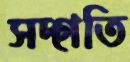
সদ্‌গতি